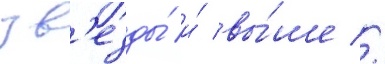
зв'езды́ и́ вы́ше //